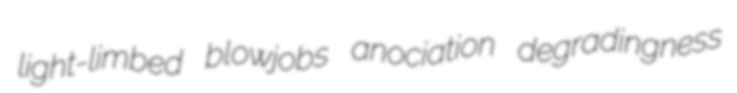
light-limbed blowjobs anociation degradingness